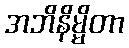
အဘိနိမ္မိတာ